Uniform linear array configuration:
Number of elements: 64
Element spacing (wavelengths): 0.25
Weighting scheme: cosine
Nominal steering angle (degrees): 15
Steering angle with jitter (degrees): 13.832
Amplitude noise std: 0.05
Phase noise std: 0.05

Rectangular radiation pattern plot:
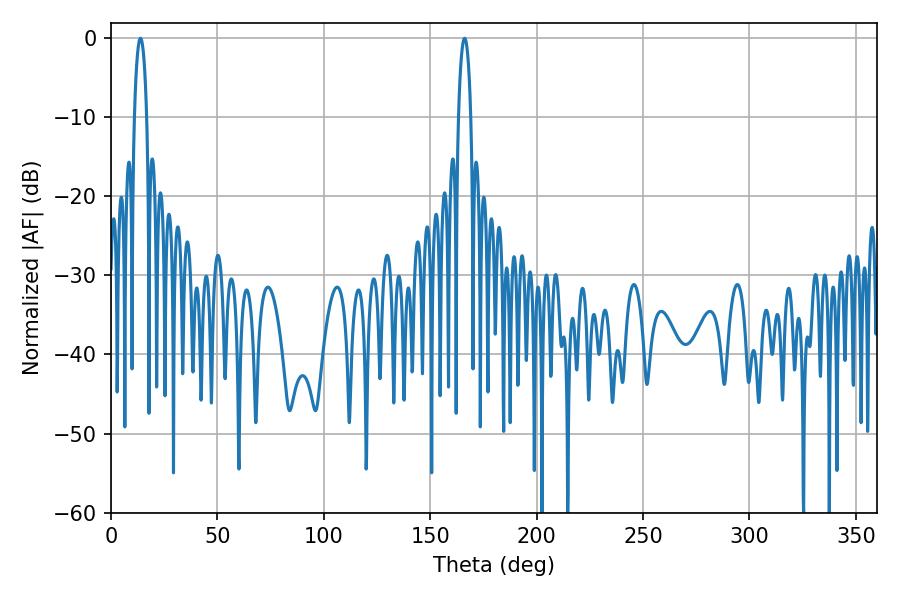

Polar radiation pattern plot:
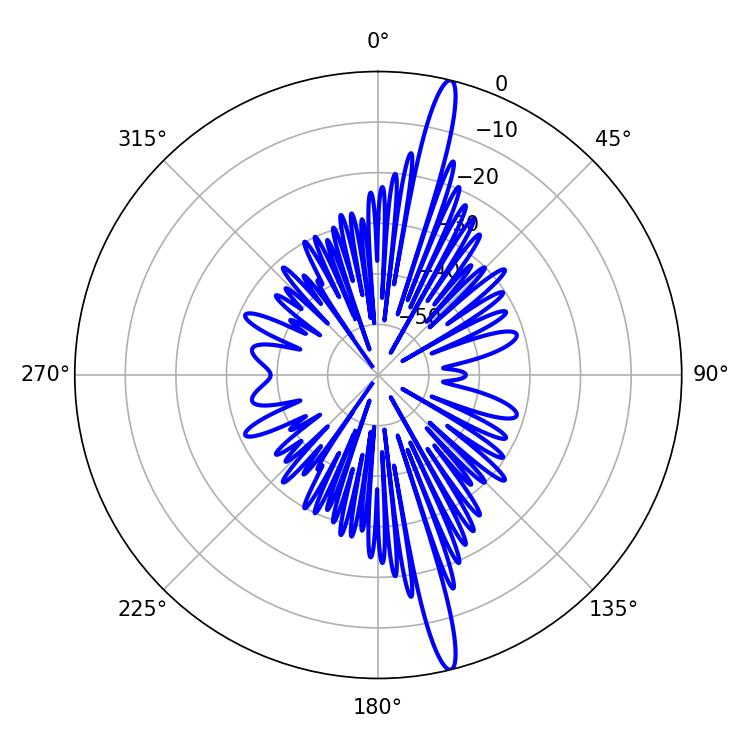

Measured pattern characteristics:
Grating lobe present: FALSE
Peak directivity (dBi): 18.098
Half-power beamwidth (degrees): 3.24
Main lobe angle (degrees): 166.14